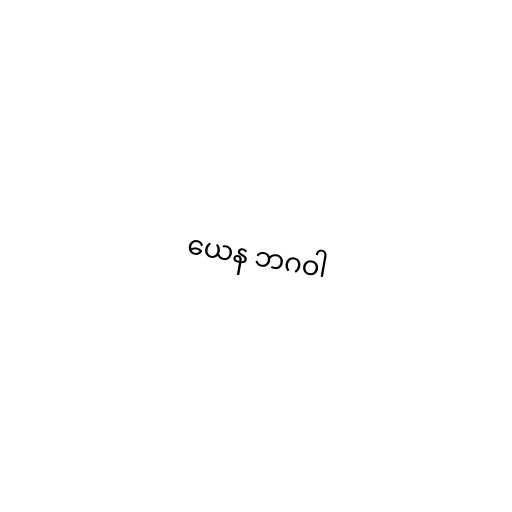
ယေန ဘဂဝါ